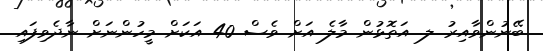
ބޭނުންވާއިރު ލ. އަތޮޅުން މާލެ އަށް ވެސް 40 އަކަށް މީހުންނަށް ނާދެވިފައި